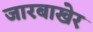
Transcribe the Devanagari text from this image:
जारबाखेर